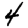
Digit: 4